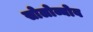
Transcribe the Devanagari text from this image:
सोलोव्योव